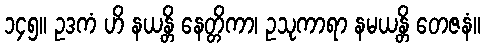
၁၄၅။ ဥဒကံ ဟိ နယန္တိ နေတ္တိကာ၊ ဥသုကာရာ နမယန္တိ တေဇနံ။